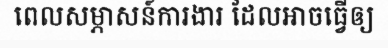
ពេលសម្ភាសន៍ការងារ ដែលអាចធ្វើឲ្យ